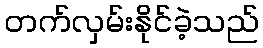
တက်လှမ်းနိုင်ခဲ့သည်